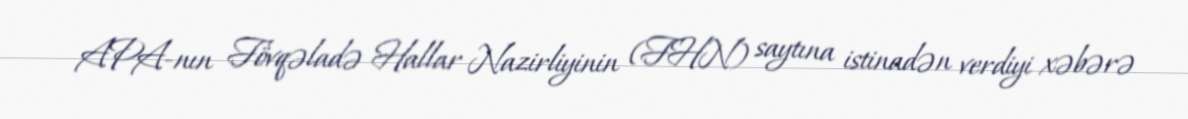
APA-nın Fövqəladə Hallar Nazirliyinin (FHN) saytına istinadən verdiyi xəbərə